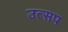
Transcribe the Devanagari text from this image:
उत्सप